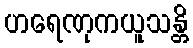
ဟရေဏုကယူသန္တိ